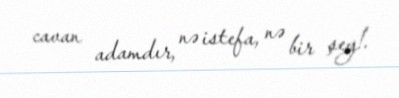
cavan adamdır, nə istefa, nə bir şey!.